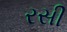
રસી